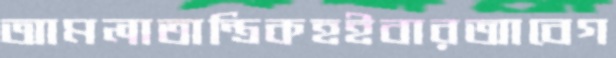
আমলাতান্ত্রিকহইবারআবেগ